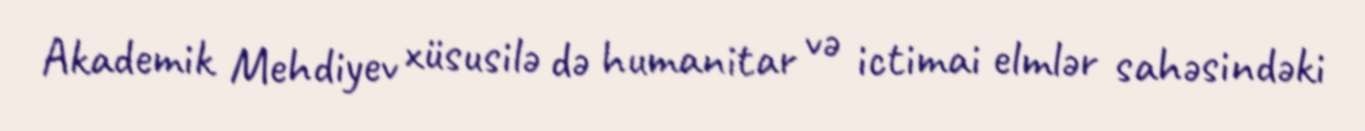
Akademik Mehdiyev xüsusilə də humanitar və ictimai elmlər sahəsindəki